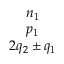
\begin{array} { c } { n _ { 1 } } \\ { p _ { 1 } } \\ { 2 q _ { 2 } \pm q _ { 1 } } \end{array}